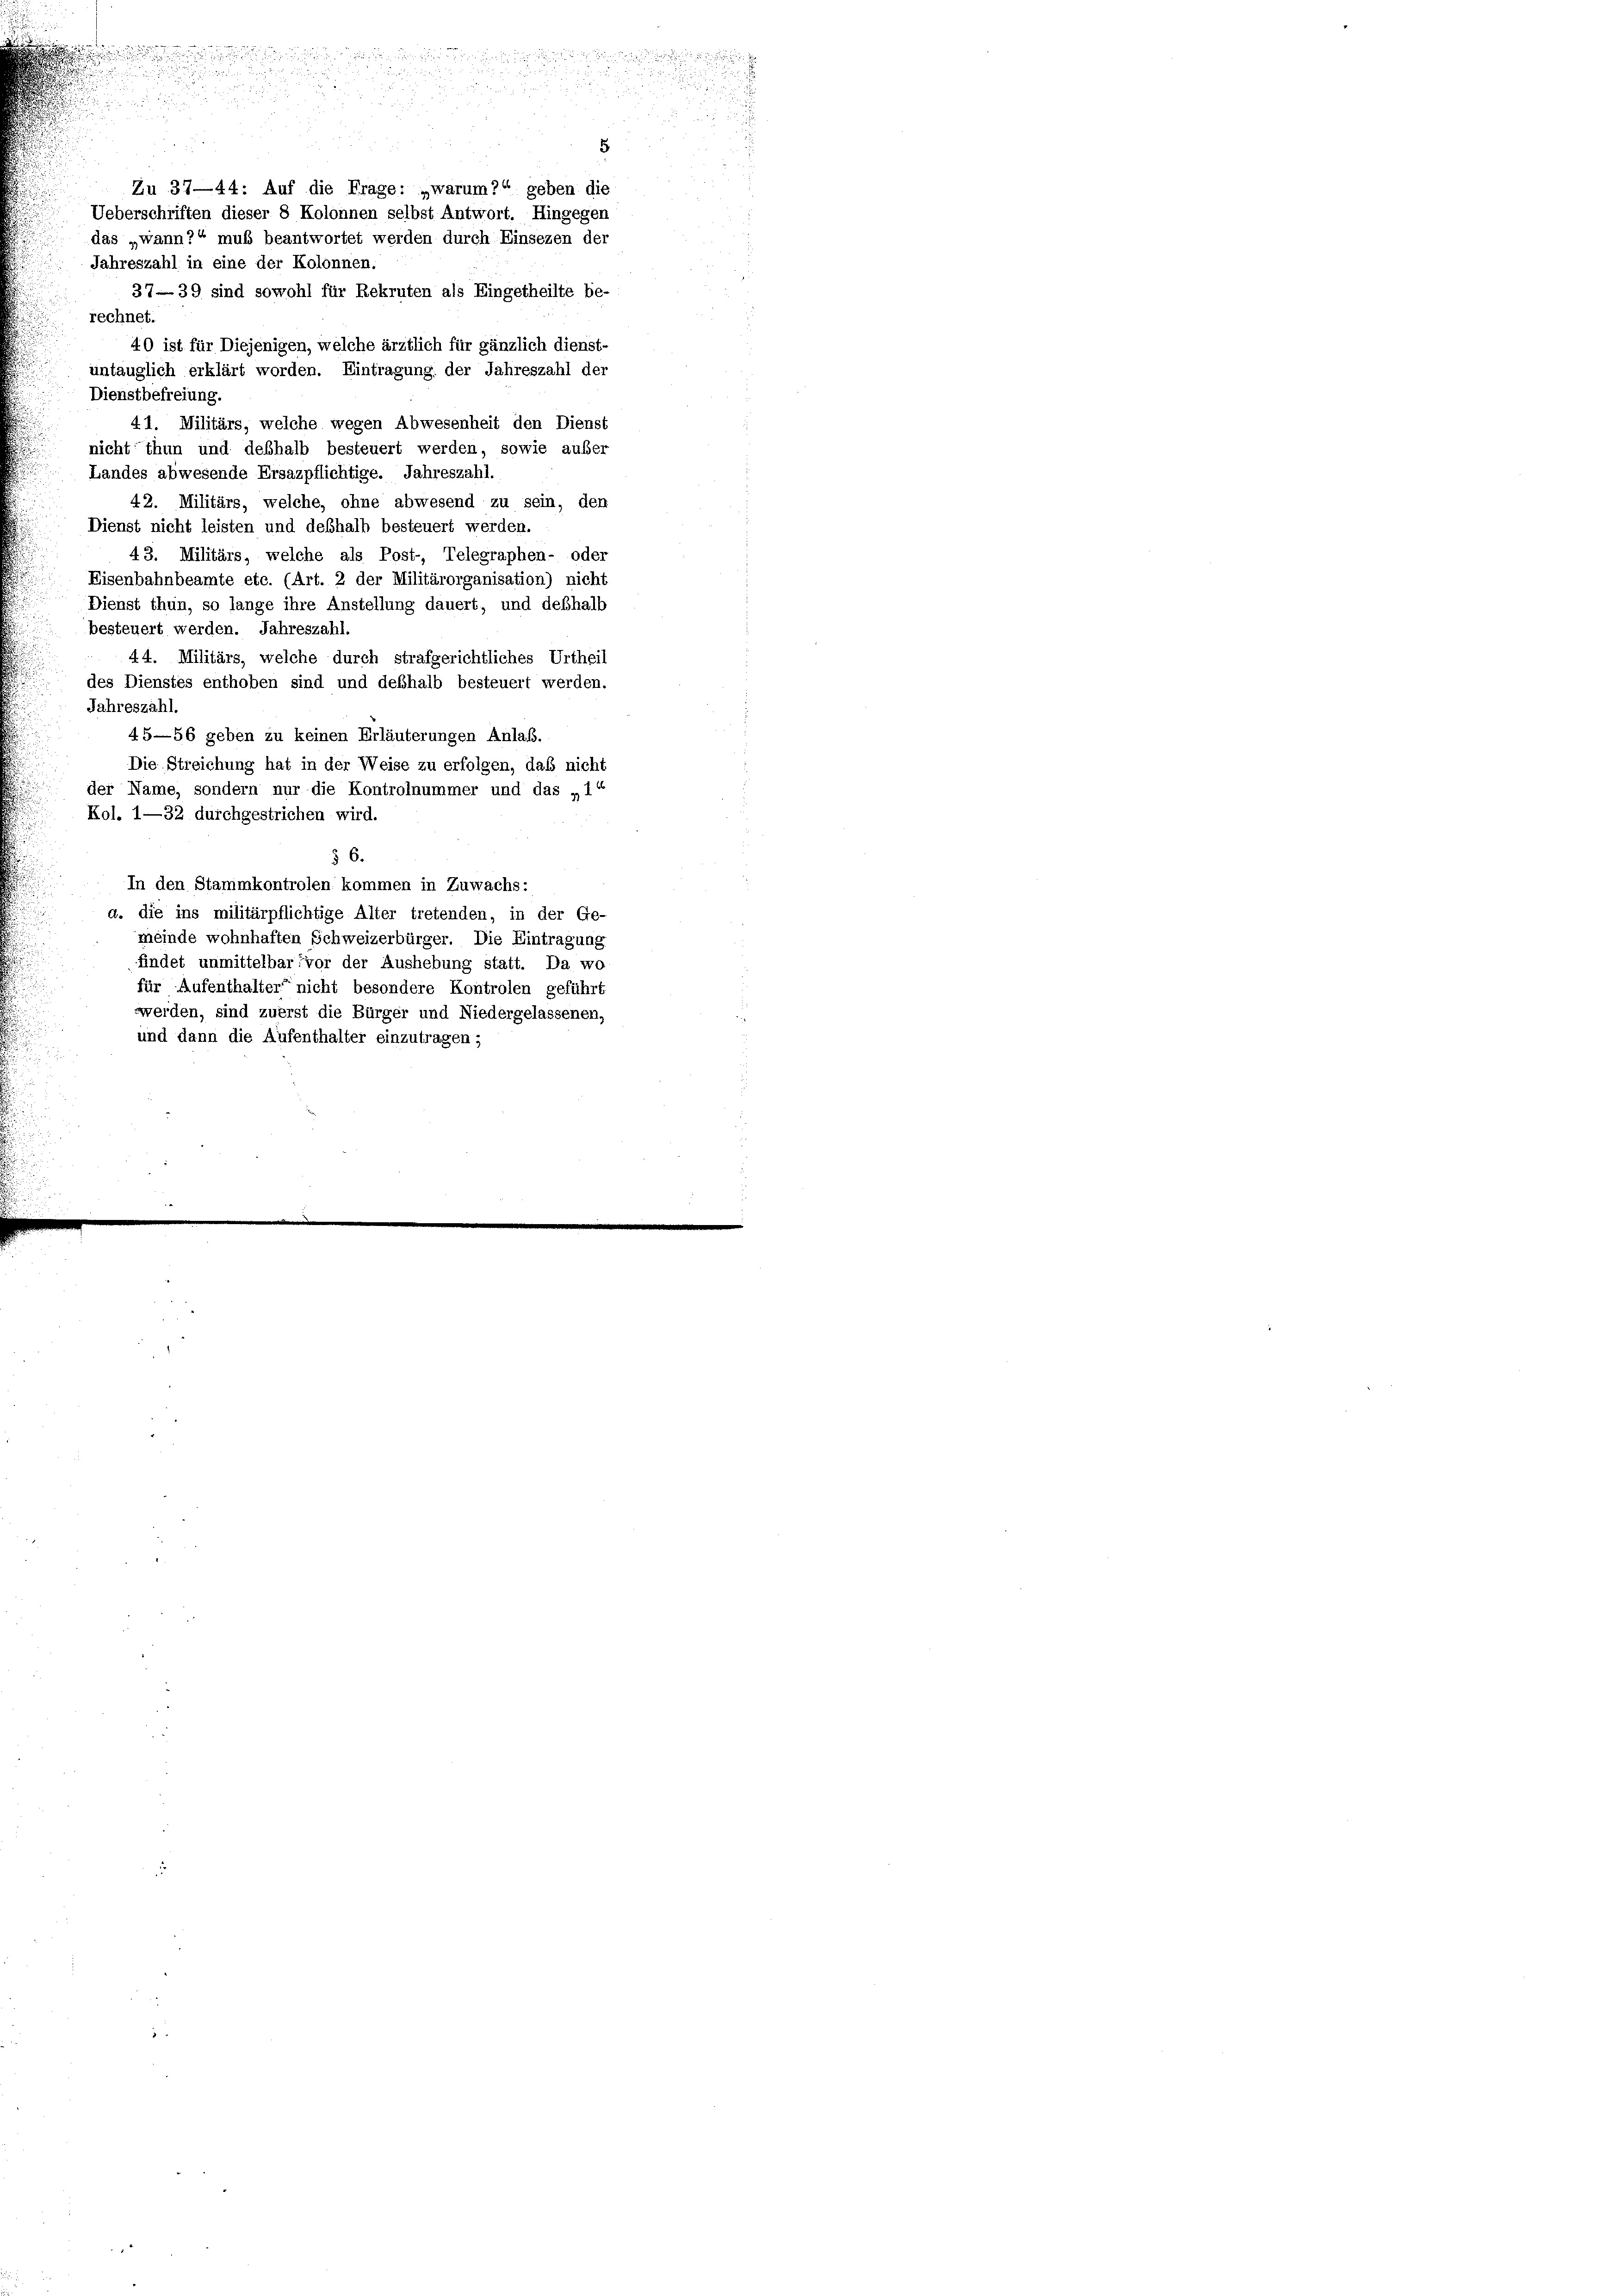
37—39 sind sowohl für Rekruten als Eingetheilte be-
rechnet.
40 ist für Diejenigen, welche ärztlich für gänzlich dienst-
untauglich erklärt worden. Eintragung der Jahreszahl der
Dienstbefreiung.
41. Militärs, welche wegen Abwesenheit den Dienst
nicht thun und deßhalb besteuert werden, sowie außer
Landes abwesende Ersazpflichtige. Jahreszahl
42. Militärs, welche, ohne abwesend zu sein, den
Dienst nicht leisten und deßhalb besteuert werden.
43. Militärs, welche als Post-, Telegraphen- oder
Eisenbahnbeamte etc. (Art. 2 der Militärorganisation) nicht
Dienst thun, so lange ihre Anstellung dauert, und deßhalb
besteuert werden. Jahreszahl.
44. Militärs, welche durch strafgerichtliches Urtheil
des Dienstes enthoben sind und deßhalb besteuert werden.
Jahreszahl.
45—56 geben zu keinen Erläuterungen Anlaß.
Die Streichung hat in der Weise zu erfolgen, daß nicht
der Name, sondern nur die Kontrolnummer und das „11
Kol. 1—32 durchgestrichen wird.
§ 6.
In den Stammkontrolen kommen in Zuwachs:
a. die ins militärpflichtige Alter tretenden, in der Ge-
meinde wohnhaften Schweizerbürger. Die Eintragung
findet unmittelbar vor der Aushebung statt. Da wo
für Aufenthalter nicht besondere Kontrolen geführt
werden, sind zuerst die Bürger und Niedergelassenen,
und dann die Aufenthalter einzutragen;

25
e

e

n

Jahreszahl in eine der Kolonnen.

5
Zu 37—44: Auf die Frage: „warum?“ geben die
Ueberschriften dieser 8 Kolonnen selbst Antwort. Hingegen
das „wann?“ muß beantwortet werden durch Einsezen der

d